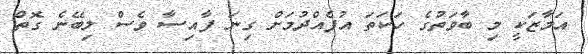
އަމާޒަކީ މި ބާވަތުގެ ހަކަތަ އުފެއްދުމަށް ގިނަ ފާއިސާ ވެސް ލިބޭނެ ގޮތް